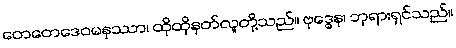
တေတေဒေဝမနုဿာ၊ ထိုထိုနတ်လူတို့သည်။ ဗုဒ္ဓေန၊ ဘုရားရှင်သည်။